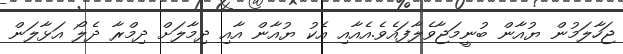
ޖަހާލަމުން ޔުއާން ބުނީމަޖާވެލާފައެވެ.އެއާއި އެކު ޔުއާން އާއި ދިމާލަށް ދިމްރާ ދެލޯ އަޅާލަން